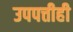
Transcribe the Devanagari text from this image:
उपपत्तीही